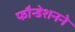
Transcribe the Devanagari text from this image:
फौन्डेशनने